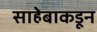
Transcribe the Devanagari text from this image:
साहेबाकडून